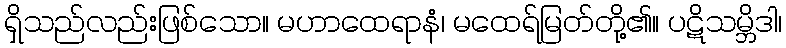
ရှိသည်လည်းဖြစ်သော။ မဟာထေရာနံ၊ မထေရ်မြတ်တို့၏။ ပဋိသမ္ဘိဒါ၊